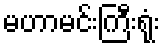
မဟာမင်းကြီးရုံး